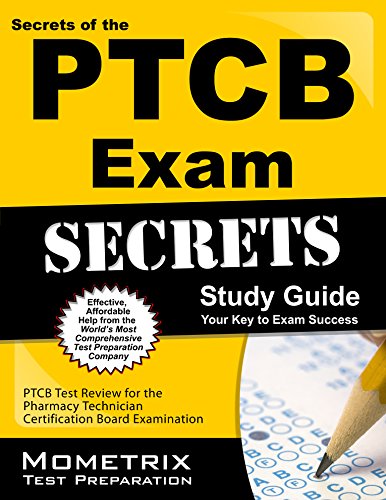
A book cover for Secrets of the PTCB Exam Study Guide: PTCB Test Review for the Pharmacy Technician Certification Board Examination; PTCB Exam Secrets Test Prep Team; Test Preparation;